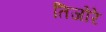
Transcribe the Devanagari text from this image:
तिजोरे